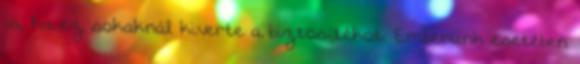
is, ha ez sokaknál kiverte a biztosí­tékot. Emberünk esetében